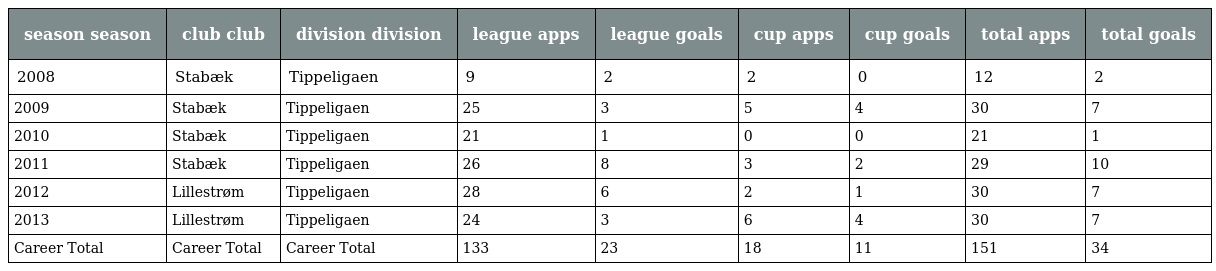
| season season | club club | division division | league apps | league goals | cup apps | cup goals | total apps | total goals |
 | --- | --- | --- | --- | --- | --- | --- | --- | --- |
 | 2008 | Stabæk | Tippeligaen | 9 | 2 | 2 | 0 | 12 | 2 |
 | 2009 | Stabæk | Tippeligaen | 25 | 3 | 5 | 4 | 30 | 7 |
 | 2010 | Stabæk | Tippeligaen | 21 | 1 | 0 | 0 | 21 | 1 |
 | 2011 | Stabæk | Tippeligaen | 26 | 8 | 3 | 2 | 29 | 10 |
 | 2012 | Lillestrøm | Tippeligaen | 28 | 6 | 2 | 1 | 30 | 7 |
 | 2013 | Lillestrøm | Tippeligaen | 24 | 3 | 6 | 4 | 30 | 7 |
 | Career Total | Career Total | Career Total | 133 | 23 | 18 | 11 | 151 | 34 |